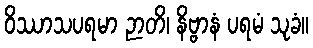
ဝိဿာသပရမာ ဉာတိ၊ နိဗ္ဗာနံ ပရမံ သုခံ။